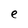
Character: e